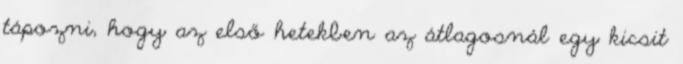
tápozni, hogy az első hetekben az átlagosnál egy kicsit